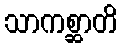
သာကစ္ဆာတိ